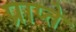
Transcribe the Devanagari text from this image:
प्राप्ते